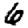
Digit: 6